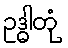
ဥဒ္ဓါတုံ